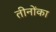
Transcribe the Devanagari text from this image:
तीनोंका